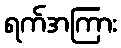
ရက်အကြား